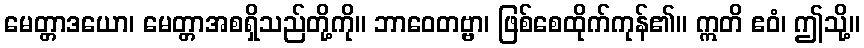
မေတ္တာဒယော၊ မေတ္တာအစရှိသည်တို့ကို။ ဘာဝေတဗ္ဗာ၊ ဖြစ်စေထိုက်ကုန်၏။ ဣတိ ဧဝံ၊ ဤသို့။